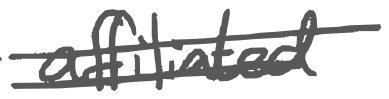
Text: affiliated
Cross-out: double-line
Writing tool: digital_gray